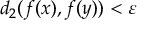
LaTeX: d _ { 2 } ( f ( x ) , f ( y ) ) < \varepsilon